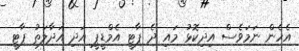
އެހެން ނަމަވެސް އިދިކޮޅު މައި ދެ ޕާޓީ އެމްޑީޕީ އަދި އަދާލަތު ޕާޓީ